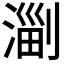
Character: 𣺤